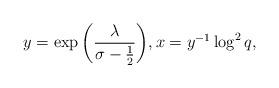
LaTeX: \begin{align*}y = \exp{\left(\frac{\lambda}{\sigma-\frac{1}{2}}\right)}, x = y^{-1}\log^{2}{q},\end{align*}